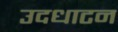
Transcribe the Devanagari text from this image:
उदधाटन